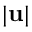
| \mathbf { u } |